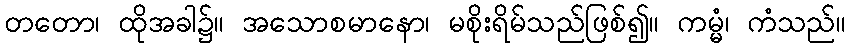
တတော၊ ထိုအခါ၌။ အသောစမာနော၊ မစိုးရိမ်သည်ဖြစ်၍။ ကမ္မံ၊ ကံသည်။